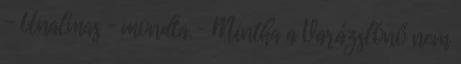
- Unalmas – mondta. – Mintha a Varázslónő nem